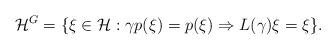
LaTeX: \begin{gather*}{\mathcal H}^G=\{\xi\in {\mathcal H}: \gamma p(\xi)=p(\xi)\Rightarrow L(\gamma)\xi=\xi\}.\end{gather*}